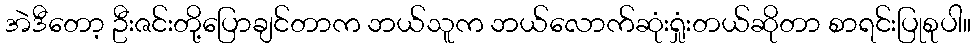
အဲဒီတော့ ဦးဇင်းတို့ပြောချင်တာက ဘယ်သူက ဘယ်လောက်ဆုံးရှုံးတယ်ဆိုတာ စာရင်းပြုစုပါ။